Report of the King Institute of Preventive Medicine, Guindy
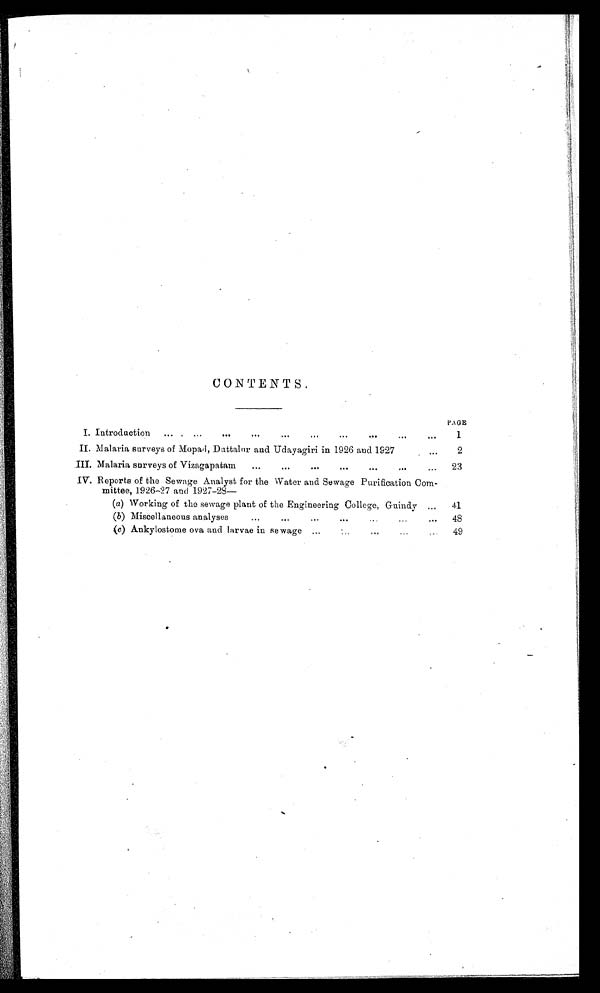
CONTENTS.
PAGE
I. Introduction . . .
1
II. Malaria surveys of Mopad, Duttalur and Udayagiri in 1926 and 1927 . . .
2
III. Malaria surveys of Vizagapatam . . .
23
IV. Reports of the Sewage Analyst for the Water and Sewage Purification Com-
mittee, 1926-27 and 1927-28—
( a) Working of the sewage plant of the Engineering College, Guindy . . .
41
( b) Miscellaneous analyses . . .
4 8
(c) Ankylostome ova and larvae in sewage . . .
49